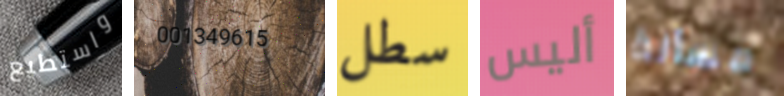
واستطيع 001349615 سطل أليس مسألة